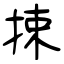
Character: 捒